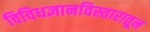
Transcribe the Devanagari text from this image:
विविधज्ञानविस्तारातून